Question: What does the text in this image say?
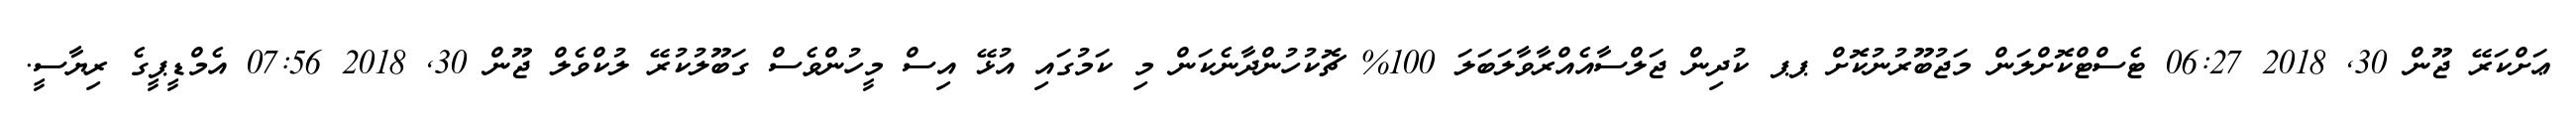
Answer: ޢަށްކަރޭ ޖޫން 30, 2018 06:27 ޓެސްޓްކޮށްލަން މަޖުބޫރުނުކޮށް ޕޕ ކުދިން ޖަލްސާއެއްރާވާލަބަލަ 100% ޗޮކުހުންދާނެކަން މި ކަމުގައި އުޅޭ އިސް މީހުންވެސް ގަބޫލުކުރޭ ލުކްވެލް ޖޫން 30, 2018 07:56 އެމްޑީޕީގެ ރިޔާސީ.